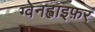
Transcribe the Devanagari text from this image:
ग्वेनह्वाइफ़र